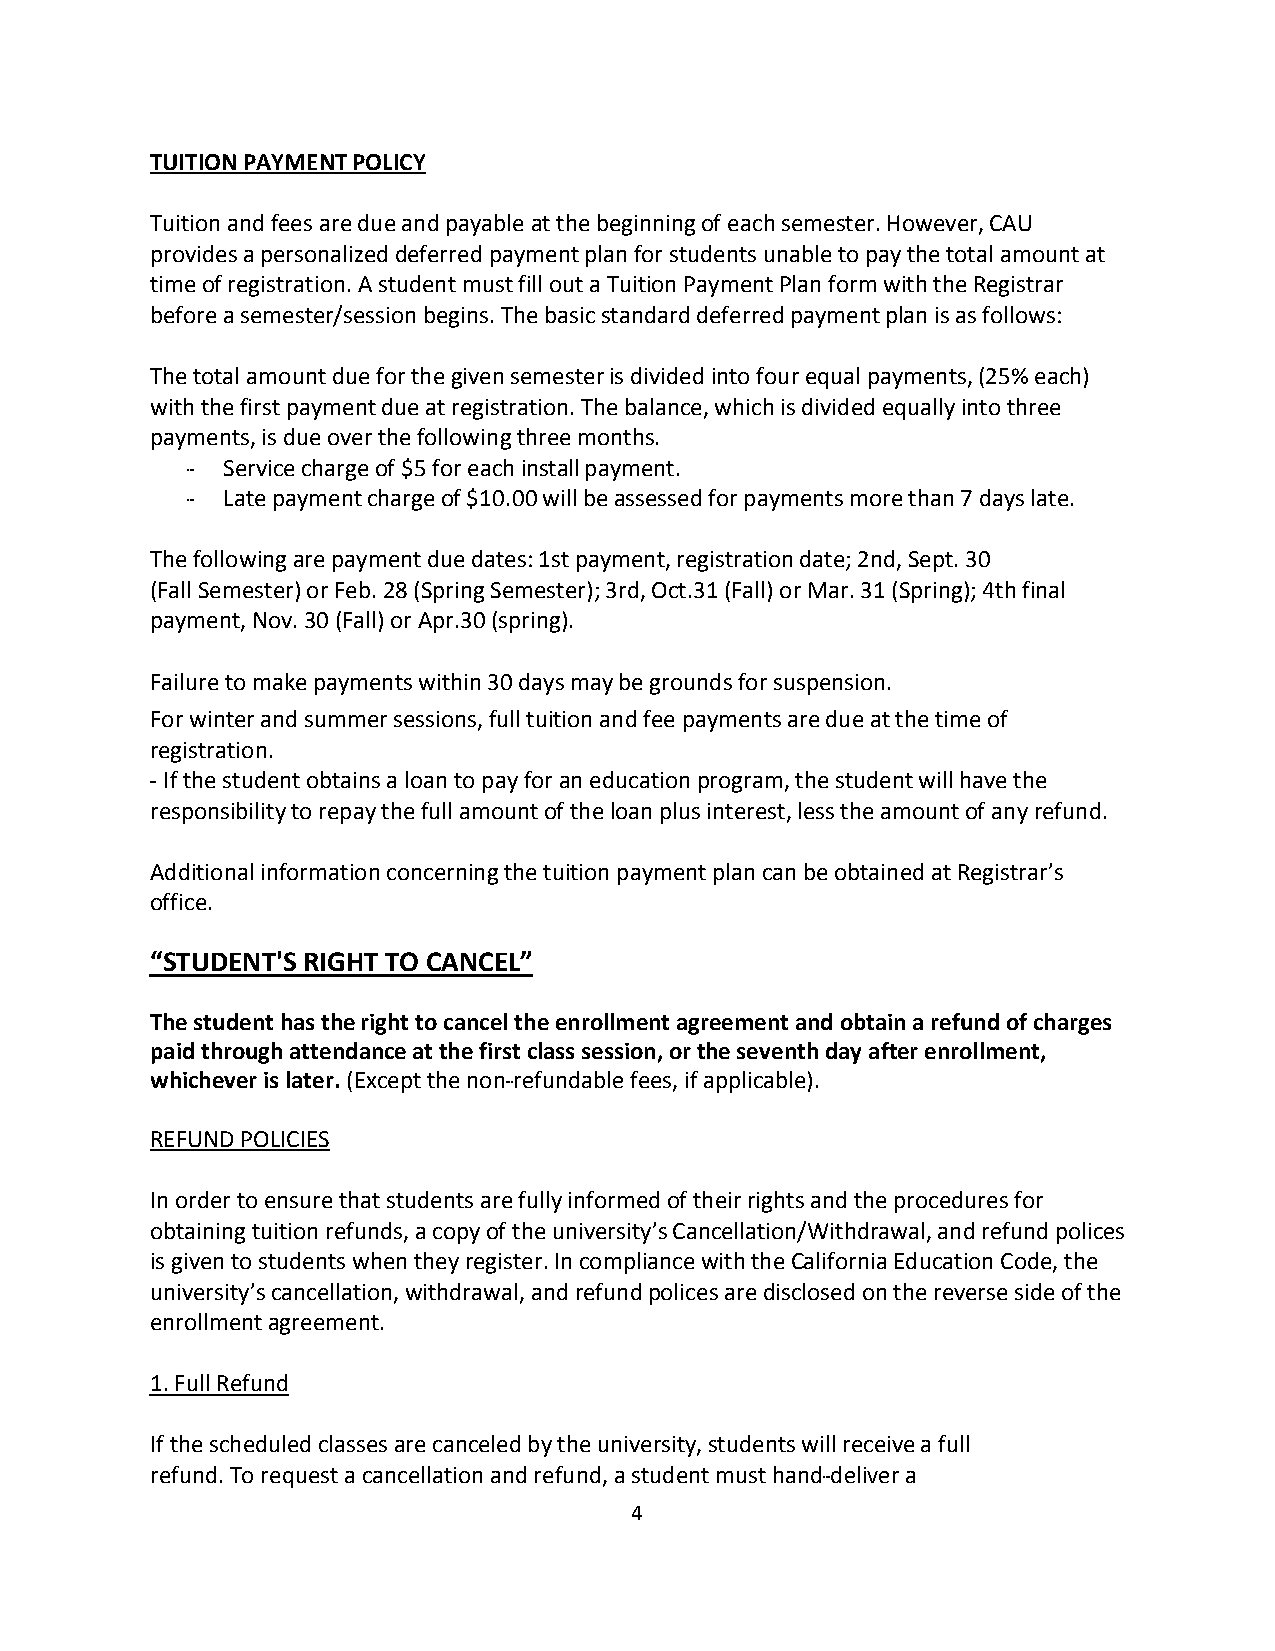
TUITION PAYMENT POLICY
 Tuition and fees are due and payable at the beginning of each semester. However, CAU
 provides a personalized deferred payment plan for students unable to pay the total amount at
 time of registration. A student must fill out a Tuition Payment Plan form with the Registrar
 before a semester/session begins. The basic standard deferred payment plan is as follows:
 The total amount due for the given semester is divided into four equal payments, (25% each)
 with the first payment due at registration. The balance, which is divided equally into three
 payments, is due over the following three months.
 -­­ Service charge of $5 for each install payment.
 -­­ Late payment charge of $10.00 will be assessed for payments more than 7 days late.
 The following are payment due dates: 1st payment, registration date; 2nd, Sept. 30
 (Fall Semester) or Feb. 28 (Spring Semester); 3rd, Oct.31 (Fall) or Mar. 31 (Spring); 4th final
 payment, Nov. 30 (Fall) or Apr.30 (spring).
 Failure to make payments within 30 days may be grounds for suspension.
 For winter and summer sessions, full tuition and fee payments are due at the time of
 registration.
 -­­ If the student obtains a loan to pay for an education program, the student will have the
 responsibility to repay the full amount of the loan plus interest, less the amount of any refund.
 Additional information concerning the tuition payment plan can be obtained at Registrar’s
 office.
 “STUDENT'S RIGHT TO CANCEL”
 The student has the right to cancel the enrollment agreement and obtain a refund of charges
 paid through attendance at the first class session, or the seventh day after enrollment,
 whichever is later. (Except the non-­­refundable fees, if applicable).
 REFUND POLICIES
 In order to ensure that students are fully informed of their rights and the procedures for
 obtaining tuition refunds, a copy of the university’s Cancellation/Withdrawal, and refund polices
 is given to students when they register. In compliance with the California Education Code, the
 university’s cancellation, withdrawal, and refund polices are disclosed on the reverse side of the
 enrollment agreement.
 1. Full Refund
 If the scheduled classes are canceled by the university, students will receive a full
 refund. To request a cancellation and refund, a student must hand-­­deliver a
 4